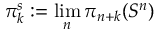
\pi _ { k } ^ { s } : = \operatorname* { l i m } _ { n } \pi _ { n + k } ( S ^ { n } )